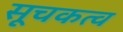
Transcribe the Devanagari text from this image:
सूचकत्व